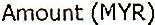
AMOUNT (MYR)